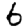
Digit: 6